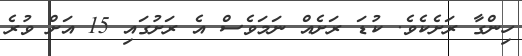
ހިންގާ ރަށެކެވެ. ކުޑަ ރަށެއް ނަމަވެސް އެ ރަށުގައި 15 އަށް ވުރެ